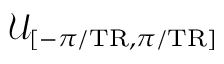
\mathcal { U } _ { [ - \pi / \mathrm { T R } , \pi / \mathrm { T R } ] }